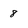
Character: 8